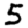
Digit: 5